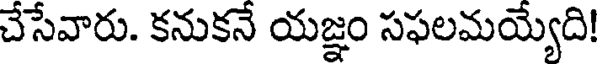
చేసేవారు. కనుకనే యజ్ఞం సఫలమయ్యేది!